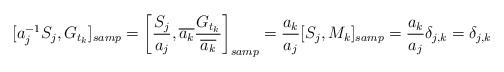
LaTeX: \begin{align*} [a_j^{-1}S_j , G_{t_k}]_{samp}= \bigg[\frac{S_j}{a_j} , \overline{a_k}\frac{G_{t_k}}{\overline{a_k}} \bigg]_{samp}= \frac{a_k}{a_j}[S_j , M_k]_{samp}= \frac{a_k}{a_j}\delta_{j,k}= \delta_{j,k} \end{align*}